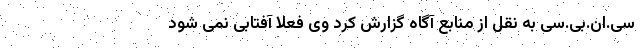
سی.ان.بی.سی به نقل از منابع آگاه گزارش کرد وی فعلا آفتابی نمی شود